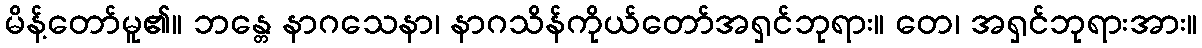
မိန့်တော်မူ၏။ ဘန္တေ နာဂသေနာ၊ နာဂသိန်ကိုယ်တော်အရှင်ဘုရား။ တေ၊ အရှင်ဘုရားအား။